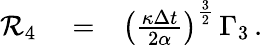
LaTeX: \begin{array}{rlr}{{\cal R}_{4}}&{{}=}&{\left(\frac{\kappa\Delta{t}}{2\alpha}\right)^{\frac{3}{2}}\, \Gamma_{3}\, .}\end{array}